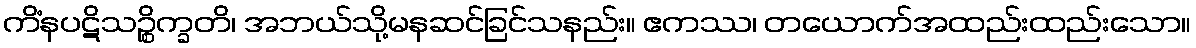
ကိံနပဋိသဉ္စိက္ခတိ၊ အဘယ်သို့မနဆင်ခြင်သနည်း။ ဧကဿ၊ တယောက်အထည်းထည်းသော။